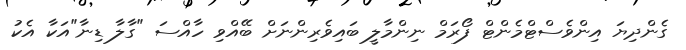
ގެންދިޔަ އިންވެސްޓްމެންޓް ފޯރަމް ނިންމާލީ ބައިވެރިންނަށް ބޭއްވި ހާއްސަ "ގާލާ ޑިނާ"އަކާ އެކު